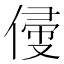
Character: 㑴